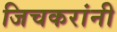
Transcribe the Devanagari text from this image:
जिचकरांनी